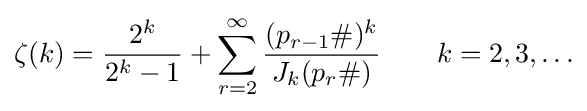
\zeta (k)={\frac {2^{k}}{2^{k}-1}}+\sum _{r=2}^{\infty }{\frac {(p_{r-1}\#)^{k}}{J_{k}(p_{r}\#)}}\qquad k=2,3,\ldots